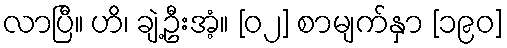
လာပြီ။ ဟိ၊ ချဲ့ဦးအံ့။ [၀၂] စာမျက်နှာ [၁၉၀]